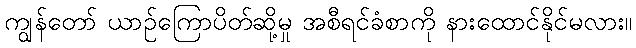
ကျွန်တော် ယာဉ်ကြောပိတ်ဆို့မှု အစီရင်ခံစာကို နားထောင်နိုင်မလား။